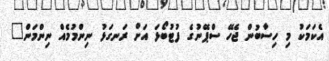
އެކަމަކު މި ހިސާބުން ޖެހޭ ސްޕޭނުގެ ފުޓުބޯޅަ އަށް ރަނގަޅު ނިންމުމެއް ނިންމަން"